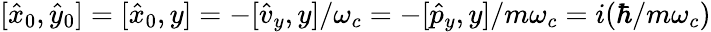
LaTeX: [\hat{x}_{0},\hat{y}_{0}]=[\hat{x}_{0},y]=-[\hat{v}_{y},y]/\omega_{c}=-[\hat{p}_{y},y]/m\omega_{c}=i(\hbar/m\omega_{c})